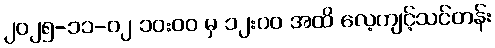
၂၀၂၅-၁၁-၀၂ ၁၀:၀၀ မှ ၁၂:၀၀ အထိ လေ့ကျင့်သင်တန်း